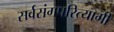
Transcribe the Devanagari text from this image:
सर्वसंगपरित्यागी